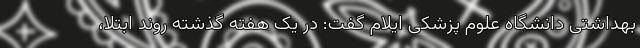
بهداشتی دانشگاه علوم پزشکی ایلام گفت: در یک هفته گذشته روند ابتلا،